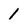
Character: 1